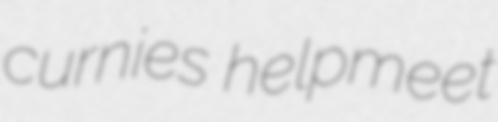
curnies helpmeet